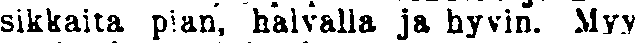
sikkaita pian, halvalla ja hyvin. Myy